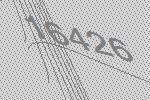
16426